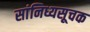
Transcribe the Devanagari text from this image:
सांनिध्यसूचक